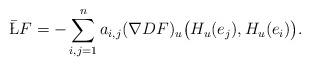
LaTeX: \begin{align*} \bar\L F=- \sum_{i,j=1}^na_{i,j} (\nabla DF)_{u} \bigl(H_{u}(e_j), H_{u} ( e_i) \bigr).\end{align*}